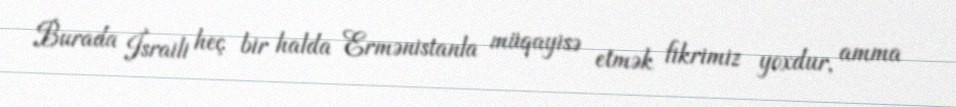
Burada İsraili heç bir halda Ermənistanla müqayisə etmək fikrimiz yoxdur, amma